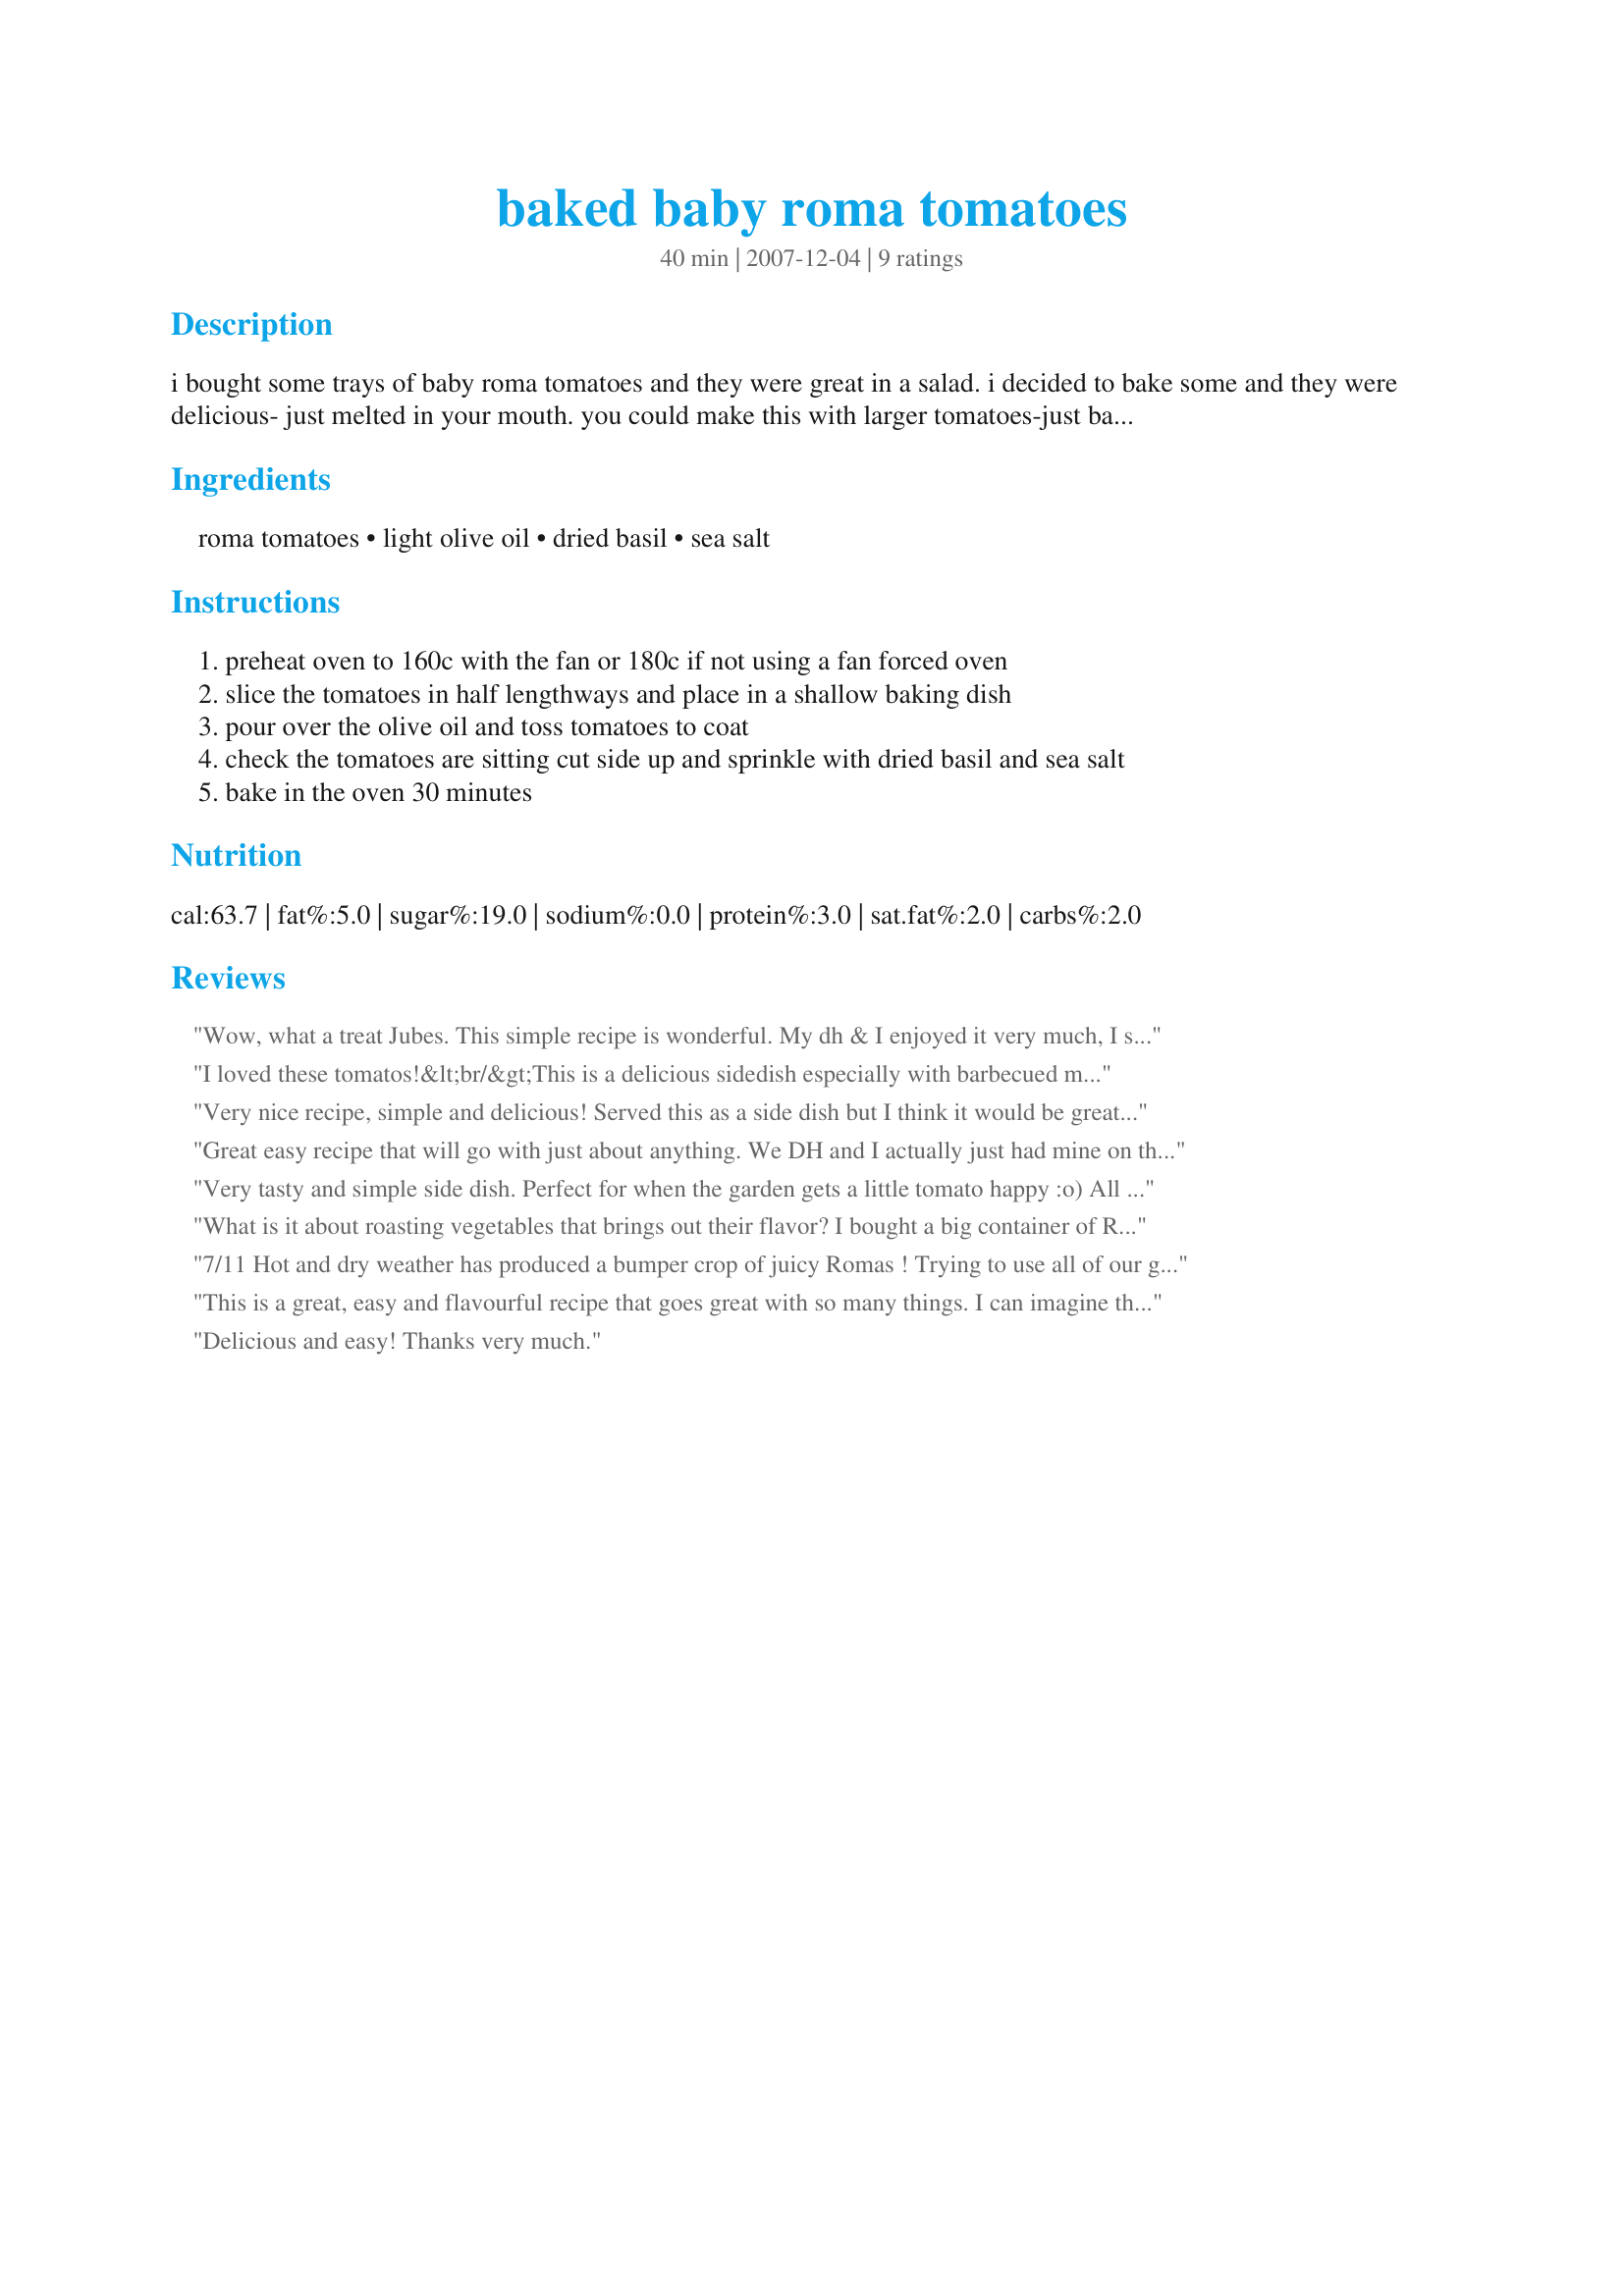
baked baby roma tomatoes
Preparation time: 40 minutes

i bought some trays of baby roma tomatoes and they were great in a salad. i decided to bake some and they were delicious- just melted in your mouth. you could make this with larger tomatoes-just bake a little longer in the oven

Ingredients:
roma tomatoes, light olive oil, dried basil, sea salt

Steps:
preheat oven to 160c with the fan or 180c if not using a fan forced oven
slice the tomatoes in half lengthways and place in a shallow baking dish
pour over the olive oil and toss tomatoes to coat
check the tomatoes are sitting cut side up and sprinkle with dried basil and sea salt
bake in the oven 30 minutes

Reviews:
Wow, what a treat Jubes. This simple recipe is wonderful. My dh & I enjoyed it very much, I served it steak and salad.
The texture and flavor of the roma tomatoes was excellant. I love that it uses ingredients that are always in the house. Thanks for sharing a new family favorite.
I loved these tomatos!&lt;br/&gt;This is a delicious sidedish especially with barbecued meat.&lt;br/&gt;On half of the tomatoes I added some chopped garlic and yummy!&lt;br/&gt;Thanks a lot for this simple but tasty recipe!
Very nice recipe, simple and delicious! Served this as a side dish but I think it would be great as an appetizer with some crusty garlic bread. Thanks for sharing the recipe!
Great easy recipe that will go with just about anything. We DH and I actually just had mine on thick crusty toast. Made exactly as per recipe although I did sprinkle just a fraction of sugar on the cut sides and add some garlic.
Very very nice indeed !! 
Another fantastic recipe **Jubes**, will be making again.
Very tasty and simple side dish. Perfect for when the garden gets a little tomato happy :o) All of my kids loved the tomatoes fixed this way which is a real plus. DH said they tasted a little pizzay (his own dialect lol)...but still ate his tomato without complaints. I will definitely make this again.
Made and reviewed for the 30th AUS/NZ Recipe Swap
What is it about roasting vegetables that brings out their flavor? I bought a big container of Romas at Costco, and needed to use them up. This simple tasty recipe filled the bill. I used fresh basil from my Aero Garden. Made for ZWT5, Hell's Kitchen Angels.
7/11 Hot and dry weather has produced a bumper crop of juicy Romas ! Trying to use all of our garden produce, had to prepare these yesterday and warm up this evening for dinner. SUCH concentration of flavor ! SOOO good! !Remains a favorite for homegrown 'maters. <br/><br/>9/08 We are having the BEST crop of Romas EVER ! Nice and plump, and very firm. This was a simple, delicious preparation-- topped with FRESH basil (gonna miss that plant!), and baked. Wish i had found this recipe earlier in the season -- most of the tomatoes are gone. Thanks, **Jubes**.
This is a great, easy and flavourful recipe that goes great with so many things. I can imagine this being great tossed with some hearty pasta or atop a salad. YUM!<br/>I used dried rosemary and parsley as thats what I prefer and had on hand. It worked out really well and the flavour of the maters was outstanding!<br/>THANK YOU SO MUCH for sharing a great keeper with us, Jubes!<br/>Made and reviewed for the Aussie/NZ Recipe Swap #57 October 2011.
Delicious and easy! Thanks very much.
